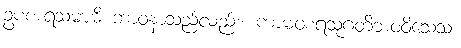
ဥပစာရသမာဓိ ဘာဝနာသည်လည်း။ ကာမဝစရသုဂတိဘဝဝိသေသံ၊